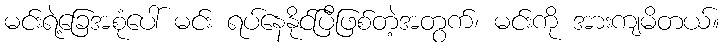
မင်းရဲ့ခြေအစုံပေါ် မင်း ရပ်နေနိုင်ပြီဖြစ်တဲ့အတွက်၊ မင်းကို အားကျမိတယ်။